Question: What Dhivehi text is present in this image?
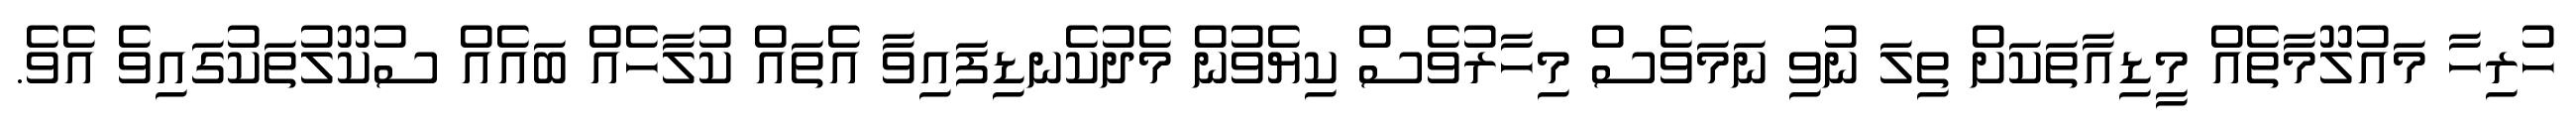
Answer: ހުރިހާ މައުލޫމާތެއް މީޑިއާތަކަށް ތިލަ ނުވި ނަމަވެސް މިހާރުވެސް ކިޔެވުން މެދުކެނޑިފައިވާ އެތައް ކުލާހެއް ބައެއް ސުކޫލުތަކުގައިވެ އެވެ.